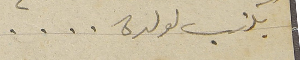
يكتب لولده . . . .